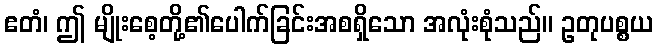
ဧတံ၊ ဤ မျိုးစေ့တို့၏ပေါက်ခြင်းအစရှိသော အလုံးစုံသည်။ ဥတုပစ္စယ